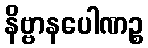
နိဗ္ဗာနပေါဏဉ္စ